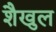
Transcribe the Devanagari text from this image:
शैखुल